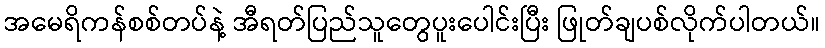
အမေရိကန်စစ်တပ်နဲ့ အီရတ်ပြည်သူတွေပူးပေါင်းပြီး ဖြုတ်ချပစ်လိုက်ပါတယ်။